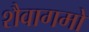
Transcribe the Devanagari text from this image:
शैवागमो